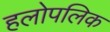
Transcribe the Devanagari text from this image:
हलोपलिक